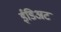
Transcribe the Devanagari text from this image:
ईडिअट